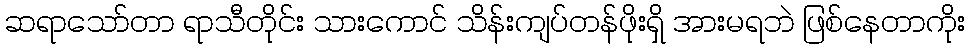
ဆရာသော်တာ ရာသီတိုင်း သားကောင် သိန်းကျပ်တန်ဖိုးရှိ အားမရဘဲ ဖြစ်နေတာကိုး